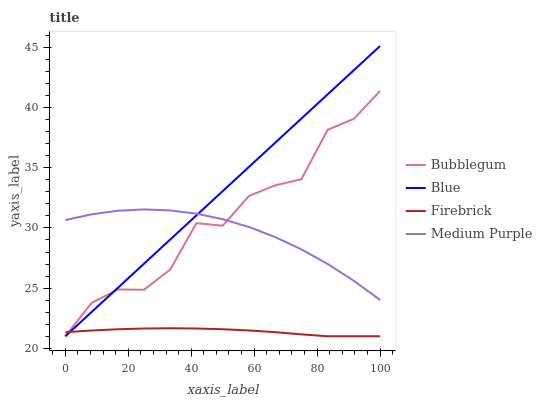
| xaxis_label | Bubblegum | Blue | Firebrick | Medium Purple |
 | --- | --- | --- | --- | --- |
 | 0 | 21 | 21 | 21.3 | 30.7 |
 | 8.33 | 23.8 | 23 | 21.5 | 31.1 |
 | 16.7 | 24.9 | 25 | 21.6 | 31.4 |
 | 25 | 24.9 | 27 | 21.6 | 31.5 |
 | 33.3 | 26.5 | 29 | 21.7 | 31.5 |
 | 41.7 | 30.4 | 31.1 | 21.6 | 31.2 |
 | 50 | 30.2 | 33.1 | 21.6 | 30.7 |
 | 58.3 | 32.7 | 35.1 | 21.5 | 30.1 |
 | 66.7 | 33.5 | 37.1 | 21.3 | 29.2 |
 | 75 | 34 | 39.1 | 21.2 | 28.2 |
 | 83.3 | 38.2 | 41.1 | 21 | 27 |
 | 91.7 | 39.1 | 43.1 | 21 | 25.6 |
 | 100 | 41.4 | 45.1 | 21 | 24 |